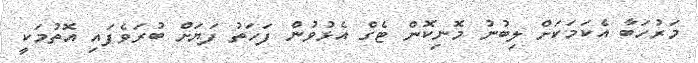
މަރުހަބާ އެކަމަކަށް ލިބުނު މޮނިކޮން ޓެގް އެޅުވުން ފަހަތު ފަޔަށް ބުރަވެފައި އޮތުމަކީ